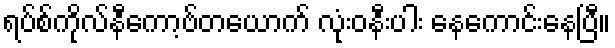
ရပ်စ်ကိုလ်နီကော့ဗ်တယောက် လုံးဝနီးပါး နေကောင်းနေပြီ။